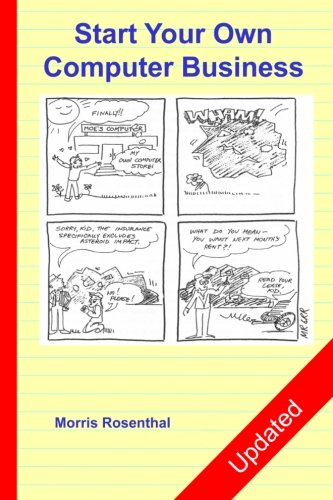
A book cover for Start Your Own Computer Business: Building a Successful PC Repair and Service Business by Supporting Customers and Managing Money; Morris Rosenthal; Computers & Technology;